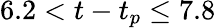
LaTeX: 6.2<t-t_{p}\leq 7.8